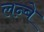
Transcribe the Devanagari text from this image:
लन्बे